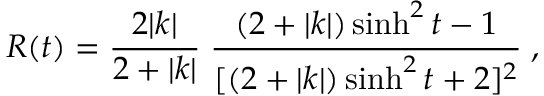
R ( t ) = \frac { 2 | k | } { 2 + | k | } \; \frac { ( 2 + | k | ) \sinh ^ { 2 } t - 1 } { [ ( 2 + | k | ) \sinh ^ { 2 } t + 2 ] ^ { 2 } } \; ,